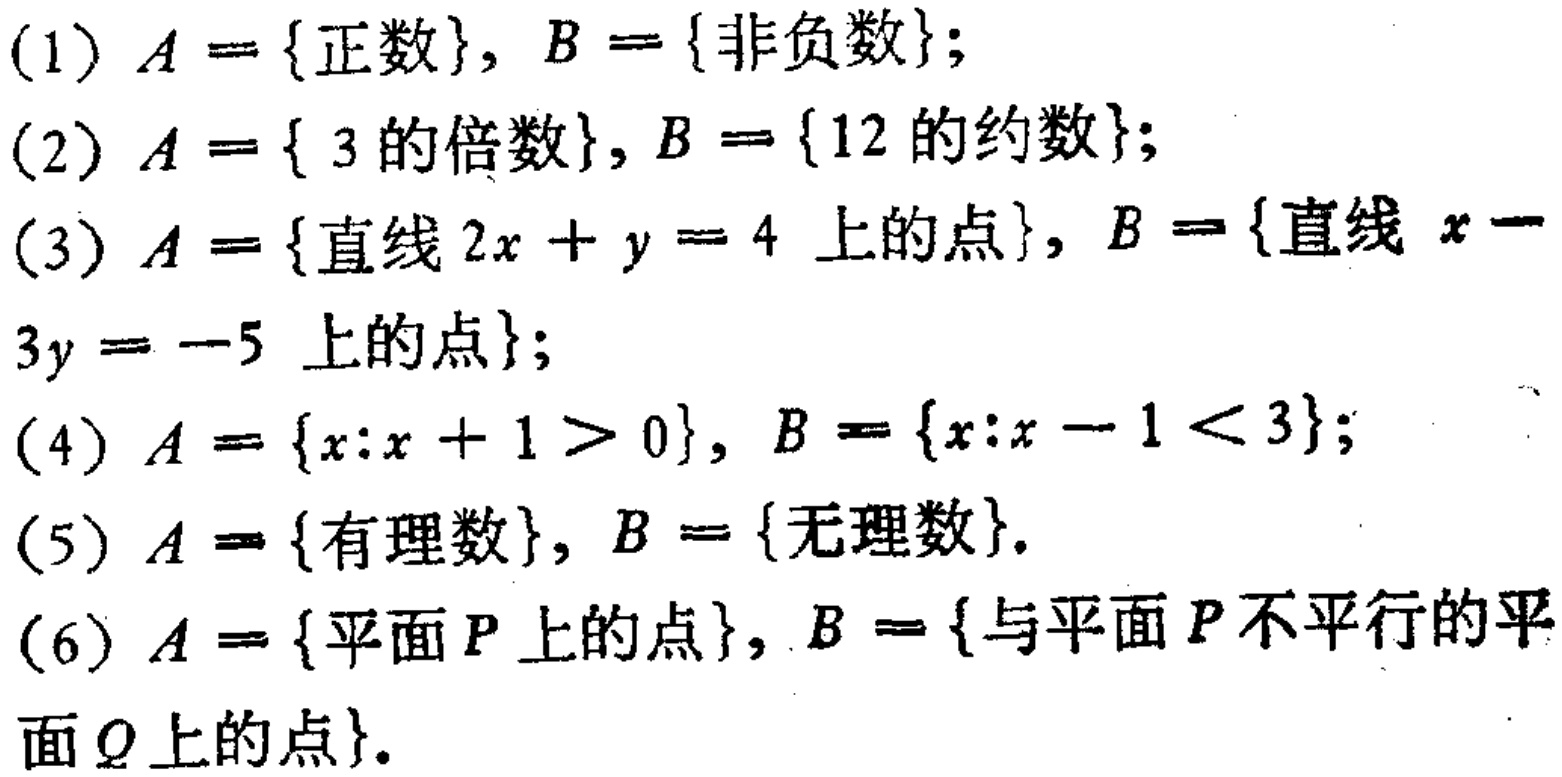
(1) \(A = \{正数\}, B = \{非负数\}\);

(2) \(A = \{ 3的倍数\}, B = \{12的约数\}\);

(3) \(A = \{直线\ 2x + y = 4\ 上的点\}, B = \{直线\ x - 3y = -5\ 上的点\}\);

(4) \(A = \{x:x + 1 > 0\}, B = \{x:x - 1 < 3\}\);

(5) \(A = \{有理数\}, B = \{无理数\}\).

(6) \(A = \{平面\ P\ 上的点\}, B = \{与平面\ P\ 不平行的平面\ Q\ 上的点\}\).